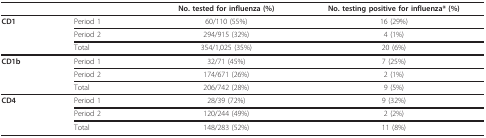
<table><thead><tr><td>[EMPTY_CELL]</td><td>[EMPTY_CELL]</td><td><b>No. tested for influenza (%)</b></td><td><b>No. testing positive for influenza* (%)</b></td></tr></thead><tbody><tr><td><b>CD1</b></td><td>Period 1</td><td>60/110 (55%)</td><td>16 (29%)</td></tr><tr><td>[EMPTY_CELL]</td><td>Period 2</td><td>294/915 (32%)</td><td>4 (1%)</td></tr><tr><td>[EMPTY_CELL]</td><td>Total</td><td>354/1,025 (35%)</td><td>20 (6%)</td></tr><tr><td><b>CD1b</b></td><td>Period 1</td><td>32/71 (45%)</td><td>7 (25%)</td></tr><tr><td>[EMPTY_CELL]</td><td>Period 2</td><td>174/671 (26%)</td><td>2 (1%)</td></tr><tr><td>[EMPTY_CELL]</td><td>Total</td><td>206/742 (28%)</td><td>9 (5%)</td></tr><tr><td><b>CD4</b></td><td>Period 1</td><td>28/39 (72%)</td><td>9 (32%)</td></tr><tr><td>[EMPTY_CELL]</td><td>Period 2</td><td>120/244 (49%)</td><td>2 (2%)</td></tr><tr><td>[EMPTY_CELL]</td><td>Total</td><td>148/283 (52%)</td><td>11 (8%)</td></tr></tbody></table>